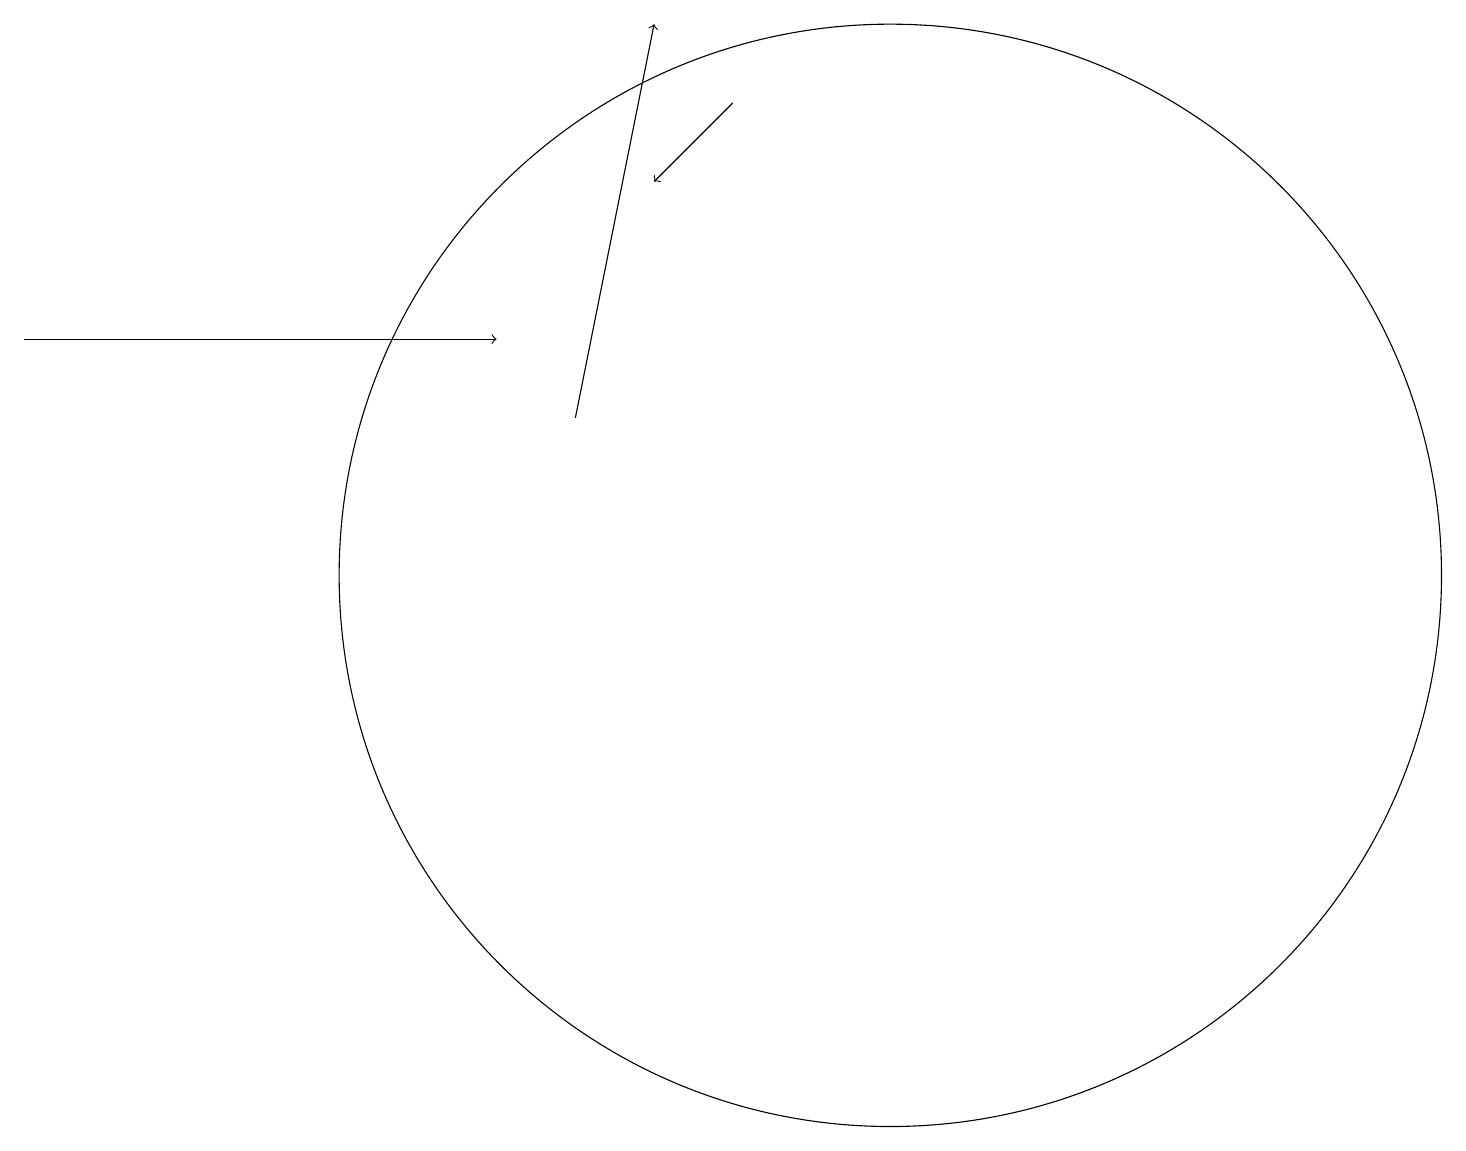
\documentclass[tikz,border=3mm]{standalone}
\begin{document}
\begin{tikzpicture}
\draw[->] (7,12) -- (8,17);
\draw[->] (9,16) -- (8,15);
\draw[->] (0,13) -- (6,13);
\draw (11,10) circle (7);
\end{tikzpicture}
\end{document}